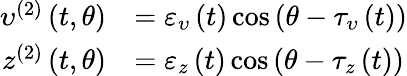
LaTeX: \begin{array}{rl}{\upsilon^{(2)}\left(t,\theta\right)}&{=\varepsilon_{\upsilon}\left(t\right)\cos\left(\theta-\tau_{\upsilon}\left(t\right)\right)}\\ {z^{(2)}\left(t,\theta\right)}&{=\varepsilon_{z}\left(t\right)\cos\left(\theta-\tau_{z}\left(t\right)\right)}\end{array}